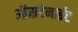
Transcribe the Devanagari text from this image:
ऑसटेनाईट